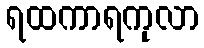
ရထကာရကုလာ